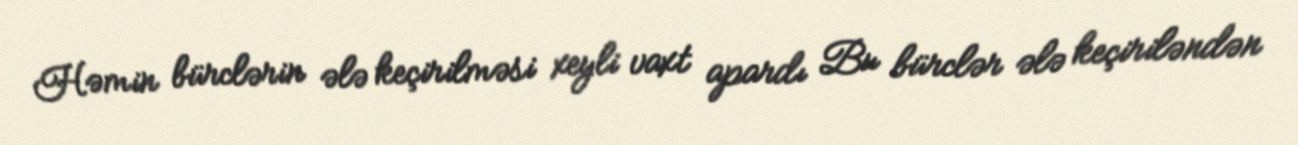
Həmin bürclərin ələ keçirilməsi xeyli vaxt apardı Bu bürclər ələ keçiriləndən